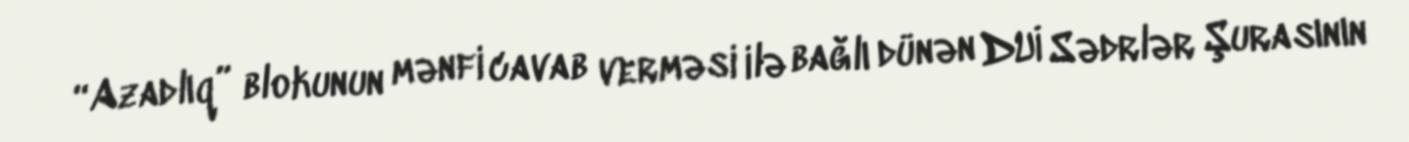
“Azadlıq” blokunun mənfi cavab verməsi ilə bağlı dünən DUİ Sədrlər Şurasının